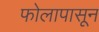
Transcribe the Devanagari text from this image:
फोलापासून